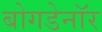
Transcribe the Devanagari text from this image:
बोगडेनॉर